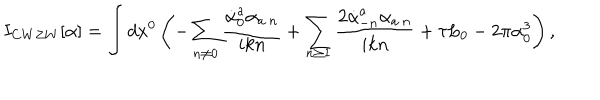
I _ { C W Z W } [ \alpha ] = \int d x ^ { 0 } \left( - \sum _ { n \neq 0 } \frac { \dot { \alpha } _ { 0 } ^ { a } \alpha _ { a \: n } } { i k n } + \sum _ { n \ge 1 } \frac { 2 \dot { \alpha } _ { - n } ^ { a } \alpha _ { a \: n } } { i k n } + \tau L _ { 0 } - 2 \pi \alpha _ { 0 } ^ { 3 } \right) ,